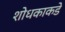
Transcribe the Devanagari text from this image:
शोधकाकडे